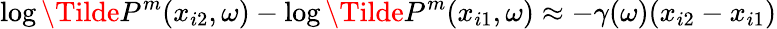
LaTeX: \log\Tilde{P}^{m}(x_{i2},\omega)-\log\Tilde{P}^{m}(x_{i1},\omega)\approx-\gamma(\omega)(x_{i2}-x_{i1})